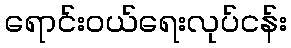
ရောင်းဝယ်ရေးလုပ်ငန်း